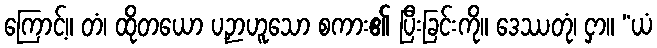
ကြောင့်။ တံ၊ ထိုတယော ပဉှာဟူသော စကား၏ ပြီးခြင်းကို။ ဒေဿတုံ၊ ငှာ။ “ယံ